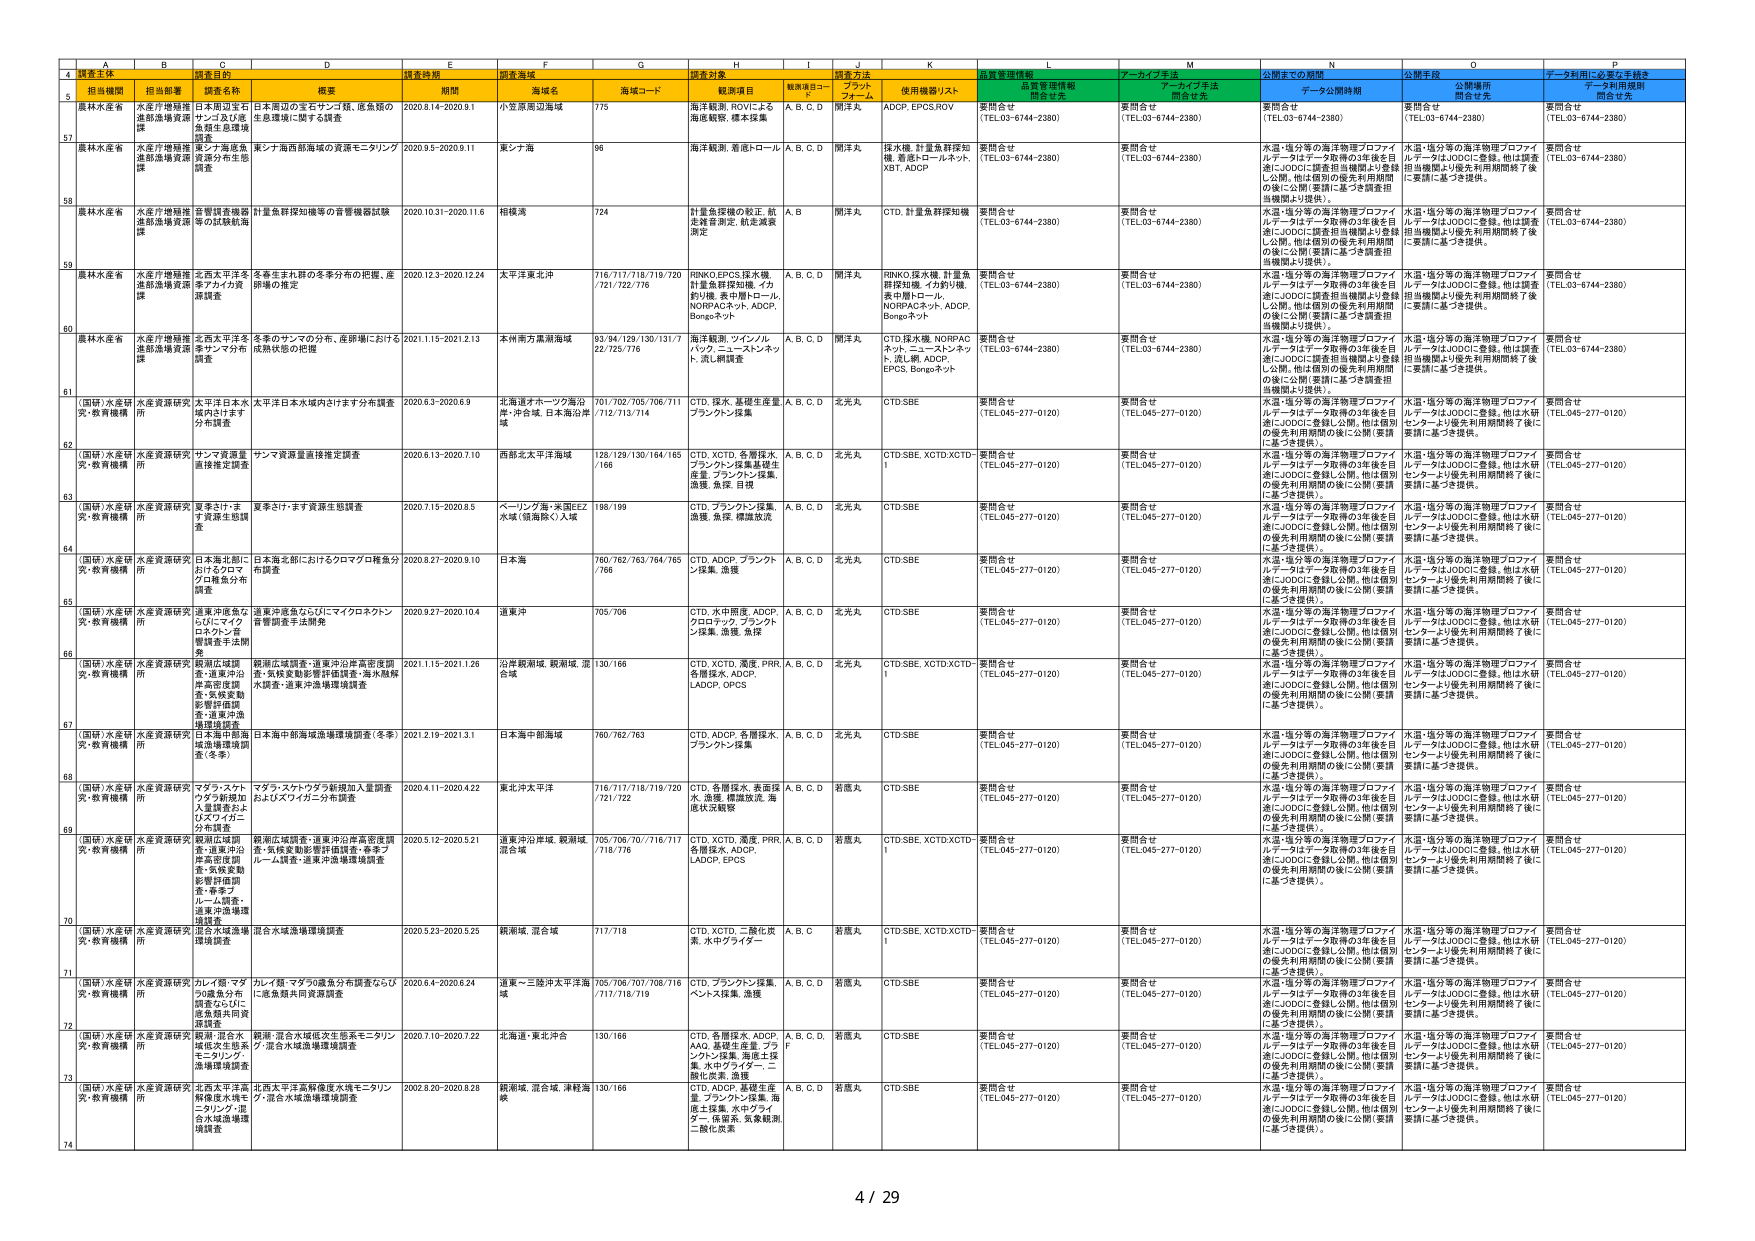
4 調査主体
5 担当機関 担当部署 調査目的 調査時期 調査海域 調査対象 調査方法 プロファイラー 情報管理情報 データライフ手法 公開までの期間 公開手段 データ利用に必要な手続き
6 県林水産省 水産庁増殖推進部漁場資源課 日本周辺の宝石サンゴ類、底魚類の生息環境に関する調査 2020.8.14-2020.9.1 小笠原周辺海域 775 海洋観測、ROVによる海底観察、標本採集 A, B, C, D 開発A ADCP, EPCS, ROV 要問合せ (TEL.03-6744-2380) 要問合せ (TEL.03-6744-2380) 要問合せ (TEL.03-6744-2380) 要問合せ (TEL.03-6744-2380)
57 県林水産省 水産庁増殖推進部漁場資源課 東シナ海西部海域の資源モニタリング 2020.9.5-2020.9.11 東シナ海 96 海洋観測、着底トロール A, B, C, D 開発A 採水機、計量魚群探知機、着底トロールネット、XBT、ADCP 要問合せ (TEL.03-6744-2380) 要問合せ (TEL.03-6744-2380) 水温・塩分等の海洋物理プロファイラー・データはデータ取得の3年後を目途にJODCに調査担当機関より登録し公開。他は個別の優先利用期間の後に公開（要請に基づき調査担当機関より提供）。 水温・塩分等の海洋物理プロファイラー・データはJODCに登録。他は調査担当機関より優先利用期間終了後に要請に基づき提供。 要問合せ (TEL.03-6744-2380)
58 県林水産省 水産庁増殖推進部漁場資源課 音響調査機器等の試験航海 計量魚群探知機等の音響機器試験 2020.10.31-2020.11.6 相模湾 724 計量魚探機の較正、航走測量測定、航走漁業測定 A, B 開発A CTD、計量魚群探知機 要問合せ (TEL.03-6744-2380) 要問合せ (TEL.03-6744-2380) 水温・塩分等の海洋物理プロファイラー・データはデータ取得の3年後を目途にJODCに調査担当機関より登録し公開。他は個別の優先利用期間の後に公開（要請に基づき調査担当機関より提供）。 水温・塩分等の海洋物理プロファイラー・データはJODCに登録。他は調査担当機関より優先利用期間終了後に要請に基づき提供。 要問合せ (TEL.03-6744-2380)
59 県林水産省 水産庁増殖推進部漁場資源課 北西太平洋冬季ワカサギ資源調査 冬季生まれ株の冬季分布の把握、産卵場の推定 2020.12.3-2020.12.24 太平洋東北洋 716/717/718/719/720 /721/722/776 RINKO,EPCS,採水機、計量魚群探知機、イカ釣り機、表中層トロール、NORPACネット、ADCP、Bongoネット A, B, C, D 開発A RINKO,採水機、計量魚群探知機、イカ釣り機、表中層トロール、NORPACネット、ADCP、Bongoネット 要問合せ (TEL.03-6744-2380) 要問合せ (TEL.03-6744-2380) 水温・塩分等の海洋物理プロファイラー・データはデータ取得の3年後を目途にJODCに調査担当機関より登録し公開。他は個別の優先利用期間の後に公開（要請に基づき調査担当機関より提供）。 水温・塩分等の海洋物理プロファイラー・データはJODCに登録。他は調査担当機関より優先利用期間終了後に要請に基づき提供。 要問合せ (TEL.03-6744-2380)
60 県林水産省 水産庁増殖推進部漁場資源課 北西太平洋冬季サンマ分布調査 冬季のサンマの分布、産卵場における成熟状態の把握 2021.1.15-2021.2.13 本州南方黒潮海域 93/94/129/130/131/7 22/725/776 海洋観測、ツインノルパック、ニーストンネット、流し網調査 A, B, C, D 開発A CTD,採水機、NORPACネット、ニーストンネット、流し網、ADCP、EPCS、Bongoネット 要問合せ (TEL.03-6744-2380) 要問合せ (TEL.03-6744-2380) 水温・塩分等の海洋物理プロファイラー・データはデータ取得の3年後を目途にJODCに調査担当機関より登録し公開。他は個別の優先利用期間の後に公開（要請に基づき調査担当機関より提供）。 水温・塩分等の海洋物理プロファイラー・データはJODCに登録。他は調査担当機関より優先利用期間終了後に要請に基づき提供。 要問合せ (TEL.03-6744-2380)
61 （国研）水産研究・教育機構 水産資源研究所 太平洋日本水域サンマ分布調査 太平洋日本水域内にけます分布調査 2020.6.3-2020.6.9 北海道オホーツク海沿岸・沖合域、日本海沿岸域 701/702/705/706/711 /712/713/714 CTD、採水、基礎生産量、プランクトン採集 A, B, C, D 北光丸 CTD,SBE 要問合せ (TEL.045-277-0120) 要問合せ (TEL.045-277-0120) 水温・塩分等の海洋物理プロファイラー・データはデータ取得の3年後を目途にJODCに登録し公開。他は個別の優先利用期間の後に公開（要請に基づき提供）。 水温・塩分等の海洋物理プロファイラー・データはJODCに登録。他は水研センターより優先利用期間終了後に要請に基づき提供。 要問合せ (TEL.045-277-0120)
62 （国研）水産研究・教育機構 水産資源研究所 サンマ資源量直接推定調査 サンマ資源量直接推定調査 2020.6.13-2020.7.10 西部北太平洋海域 128/129/130/164/165 /166 CTD、XCTD、各種採水、プランクトン採集、基礎生産量、プランクトン採集、漁獲、魚探、目視 A, B, C, D 北光丸 CTD,SBE、XCTD,XCTD-1 要問合せ (TEL.045-277-0120) 要問合せ (TEL.045-277-0120) 水温・塩分等の海洋物理プロファイラー・データはデータ取得の3年後を目途にJODCに登録し公開。他は個別の優先利用期間の後に公開（要請に基づき提供）。 水温・塩分等の海洋物理プロファイラー・データはJODCに登録。他は水研センターより優先利用期間終了後に要請に基づき提供。 要問合せ (TEL.045-277-0120)
63 （国研）水産研究・教育機構 水産資源研究所 夏季とけ・ます資源生態調査 夏季とけ・ます資源生態調査 2020.7.15-2020.8.5 ベーリング海・米国EEZ水域（徳島隊）入域 198/199 CTD、プランクトン採集、漁獲、魚探、標識放流 A, B, C, D 北光丸 CTD,SBE 要問合せ (TEL.045-277-0120) 要問合せ (TEL.045-277-0120) 水温・塩分等の海洋物理プロファイラー・データはデータ取得の3年後を目途にJODCに登録し公開。他は個別の優先利用期間の後に公開（要請に基づき提供）。 水温・塩分等の海洋物理プロファイラー・データはJODCに登録。他は水研センターより優先利用期間終了後に要請に基づき提供。 要問合せ (TEL.045-277-0120)
64 （国研）水産研究・教育機構 水産資源研究所 日本海北部にけますワラサ分布調査 日本海北部におけるクロマグロ稚魚分布調査 2020.8.27-2020.9.10 日本海 760/762/763/764/765 /766 CTD、ADCP、プランクトン採集、漁獲 A, B, C, D 北光丸 CTD,SBE 要問合せ (TEL.045-277-0120) 要問合せ (TEL.045-277-0120) 水温・塩分等の海洋物理プロファイラー・データはデータ取得の3年後を目途にJODCに登録し公開。他は個別の優先利用期間の後に公開（要請に基づき提供）。 水温・塩分等の海洋物理プロファイラー・データはJODCに登録。他は水研センターより優先利用期間終了後に要請に基づき提供。 要問合せ (TEL.045-277-0120)
65 （国研）水産研究・教育機構 水産資源研究所 道東沖徳島ならびにマイク ロトカ・海響調査手法開発 道東沖徳島ならびにマイクロトカントカ・海響調査手法開発 2020.9.27-2020.10.4 道東沖 705/706 CTD、水中環境、ADCP、クロロフィル、プランクトン採集、漁獲、魚探 A, B, C, D 北光丸 CTD,SBE 要問合せ (TEL.045-277-0120) 要問合せ (TEL.045-277-0120) 水温・塩分等の海洋物理プロファイラー・データはデータ取得の3年後を目途にJODCに登録し公開。他は個別の優先利用期間の後に公開（要請に基づき提供）。 水温・塩分等の海洋物理プロファイラー・データはJODCに登録。他は水研センターより優先利用期間終了後に要請に基づき提供。 要問合せ (TEL.045-277-0120)
66 （国研）水産研究・教育機構 水産資源研究所 親潮広域調査・道東沖沿岸高密度調査・気候変動影響評価調査・海水熱水調査・道東沖漁場環境調査 親潮広域調査・道東沖沿岸高密度調査・気候変動影響評価調査・海水熱水調査・道東沖漁場環境調査 2021.1.15-2021.1.26 沿岸親潮域、親潮域、混合域 130/166 CTD、XCTD、漁獲、PFR、各種採水、ADCP、LADCP、OPCS A, B, C, D 北光丸 CTD,SBE、XCTD,XCTD-1 要問合せ (TEL.045-277-0120) 要問合せ (TEL.045-277-0120) 水温・塩分等の海洋物理プロファイラー・データはデータ取得の3年後を目途にJODCに登録し公開。他は個別の優先利用期間の後に公開（要請に基づき提供）。 水温・塩分等の海洋物理プロファイラー・データはJODCに登録。他は水研センターより優先利用期間終了後に要請に基づき提供。 要問合せ (TEL.045-277-0120)
67 （国研）水産研究・教育機構 水産資源研究所 日本海中部海域漁場環境調査（冬季） 日本海中部海域漁場環境調査（冬季） 2021.2.19-2021.3.1 日本海中部海域 760/762/763 CTD、ADCP、各種採水、プランクトン採集 A, B, C, D 北光丸 CTD,SBE 要問合せ (TEL.045-277-0120) 要問合せ (TEL.045-277-0120) 水温・塩分等の海洋物理プロファイラー・データはデータ取得の3年後を目途にJODCに登録し公開。他は個別の優先利用期間の後に公開（要請に基づき提供）。 水温・塩分等の海洋物理プロファイラー・データはJODCに登録。他は水研センターより優先利用期間終了後に要請に基づき提供。 要問合せ (TEL.045-277-0120)
68 （国研）水産研究・教育機構 水産資源研究所 マダラ、スケトウダラ新規加入量調査およびスイカイカ分布調査 マダラ、スケトウダラ新規加入量調査およびスイカイカ分布調査 2020.4.11-2020.4.22 東北沖太平洋 716/717/718/719/720 /721/722 CTD、各種採水、表底採水、漁獲、標識放流、海底水況観察 A, B, C, D 若風丸 CTD,SBE 要問合せ (TEL.045-277-0120) 要問合せ (TEL.045-277-0120) 水温・塩分等の海洋物理プロファイラー・データはデータ取得の3年後を目途にJODCに登録し公開。他は個別の優先利用期間の後に公開（要請に基づき提供）。 水温・塩分等の海洋物理プロファイラー・データはJODCに登録。他は水研センターより優先利用期間終了後に要請に基づき提供。 要問合せ (TEL.045-277-0120)
69 （国研）水産研究・教育機構 水産資源研究所 親潮広域調査・道東沖沿岸高密度調査・気候変動影響評価調査・春季ブルーム調査・道東沖漁場環境調査 親潮広域調査・道東沖沿岸高密度調査・気候変動影響評価調査・春季ブルーム調査・道東沖漁場環境調査 2020.5.12-2020.5.21 道東沖沿岸域、親潮域、混合域 705/706/70/716/717 /718/776 CTD、XCTD、漁獲、PFR、各種採水、ADCP、LADCP、EPCS A, B, C, D 若風丸 CTD,SBE、XCTD,XCTD-1 要問合せ (TEL.045-277-0120) 要問合せ (TEL.045-277-0120) 水温・塩分等の海洋物理プロファイラー・データはデータ取得の3年後を目途にJODCに登録し公開。他は個別の優先利用期間の後に公開（要請に基づき提供）。 水温・塩分等の海洋物理プロファイラー・データはJODCに登録。他は水研センターより優先利用期間終了後に要請に基づき提供。 要問合せ (TEL.045-277-0120)
70 （国研）水産研究・教育機構 水産資源研究所 混合水域漁場環境調査 混合水域漁場環境調査 2020.5.23-2020.5.25 親潮域、混合域 717/718 CTD、XCTD、二酸化炭素、水ホウジイター A, B, C 若風丸 CTD,SBE、XCTD,XCTD-1 要問合せ (TEL.045-277-0120) 要問合せ (TEL.045-277-0120) 水温・塩分等の海洋物理プロファイラー・データはデータ取得の3年後を目途にJODCに登録し公開。他は個別の優先利用期間の後に公開（要請に基づき提供）。 水温・塩分等の海洋物理プロファイラー・データはJODCに登録。他は水研センターより優先利用期間終了後に要請に基づき提供。 要問合せ (TEL.045-277-0120)
71 （国研）水産研究・教育機構 水産資源研究所 カレイ類・マダラの漁業分布調査ならびに底魚類共同資源調査 カレイ類・マダラの漁業分布調査ならびに底魚類共同資源調査 2020.6.4-2020.6.24 道東～三陸沖太平洋海域 705/706/707/708/716 /717/718/719 CTD、プランクトン採集、ベントス採集、漁獲 A, B, C, D 若風丸 CTD,SBE 要問合せ (TEL.045-277-0120) 要問合せ (TEL.045-277-0120) 水温・塩分等の海洋物理プロファイラー・データはデータ取得の3年後を目途にJODCに登録し公開。他は個別の優先利用期間の後に公開（要請に基づき提供）。 水温・塩分等の海洋物理プロファイラー・データはJODCに登録。他は水研センターより優先利用期間終了後に要請に基づき提供。 要問合せ (TEL.045-277-0120)
72 （国研）水産研究・教育機構 水産資源研究所 親潮・混合水域漁業生態モニタリング・漁場環境調査 親潮・混合水域漁業生態モニタリング・混合水域漁場環境調査 2020.7.10-2020.7.22 北海道・東北沖合 130/166 CTD、各種採水、ADCP、AAD、表底採水、プランクトン採集、海底生採集、水ホウジイター、二酸化炭素、漁獲 A, B, C, D, F 若風丸 CTD,SBE 要問合せ (TEL.045-277-0120) 要問合せ (TEL.045-277-0120) 水温・塩分等の海洋物理プロファイラー・データはデータ取得の3年後を目途にJODCに登録し公開。他は個別の優先利用期間の後に公開（要請に基づき提供）。 水温・塩分等の海洋物理プロファイラー・データはJODCに登録。他は水研センターより優先利用期間終了後に要請に基づき提供。 要問合せ (TEL.045-277-0120)
73 （国研）水産研究・教育機構 水産資源研究所 北西太平洋高緯度水域モニタリング・混合水域漁場環境調査 北西太平洋高緯度水域モニタリング・混合水域漁場環境調査 2020.8.20-2020.8.28 親潮域、混合域、津軽海峡 130/166 CTD、ADCP、基礎生産量、プランクトン採集、海底生採集、水中プランター、係留系、気象観測、二酸化炭素 A, B, C, D 若風丸 CTD,SBE 要問合せ (TEL.045-277-0120) 要問合せ (TEL.045-277-0120) 水温・塩分等の海洋物理プロファイラー・データはデータ取得の3年後を目途にJODCに登録し公開。他は個別の優先利用期間の後に公開（要請に基づき提供）。 水温・塩分等の海洋物理プロファイラー・データはJODCに登録。他は水研センターより優先利用期間終了後に要請に基づき提供。 要問合せ (TEL.045-277-0120)
74
4 / 29